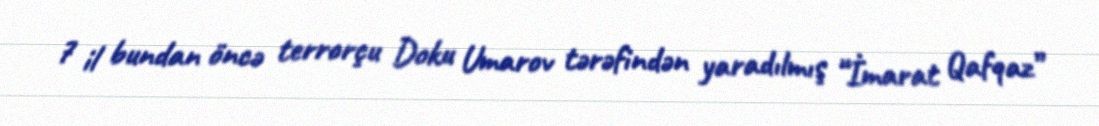
7 il bundan öncə terrorçu Doku Umarov tərəfindən yaradılmış “İmarat Qafqaz”